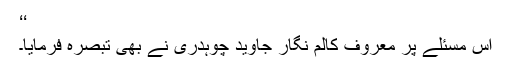
‘‘
اس مسئلے پر معروف کالم نگار جاوید چوہدری نے بھی تبصرہ فرمایا۔